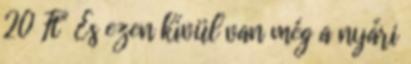
20 Ft" És ezen kívül van még a nyári